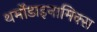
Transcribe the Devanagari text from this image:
थर्मोडाइनामिक्स